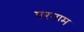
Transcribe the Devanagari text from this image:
परनाम